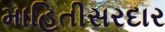
માહિતીસરદાર